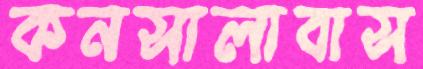
কনসালাবাস